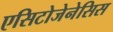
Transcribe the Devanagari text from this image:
एसिटोजेनेसिस